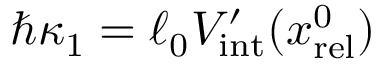
\hbar \kappa _ { 1 } = \ell _ { 0 } V _ { \mathrm { i n t } } ^ { \prime } ( x _ { \mathrm { r e l } } ^ { 0 } )